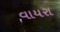
વાયરા